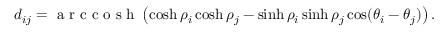
d _ { i j } = \mathrm { ~ a ~ r ~ c ~ c ~ o ~ s ~ h ~ } \left( \cosh \rho _ { i } \cosh \rho _ { j } - \sinh \rho _ { i } \sinh \rho _ { j } \cos ( \theta _ { i } - \theta _ { j } ) \right) .